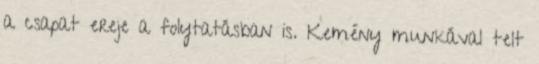
a csapat ereje a folytatásban is. Kemény munkával telt